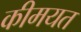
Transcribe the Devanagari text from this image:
कीमयत